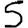
Digit: 5